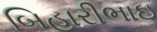
બિહારીભાઇ